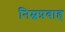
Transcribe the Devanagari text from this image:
निम्नप्रवाह